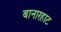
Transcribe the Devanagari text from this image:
बानारहाट